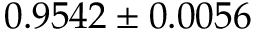
0 . 9 5 4 2 \pm 0 . 0 0 5 6